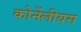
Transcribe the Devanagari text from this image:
कोर्नेलीयस